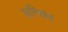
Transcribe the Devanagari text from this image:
भ्रन्शित